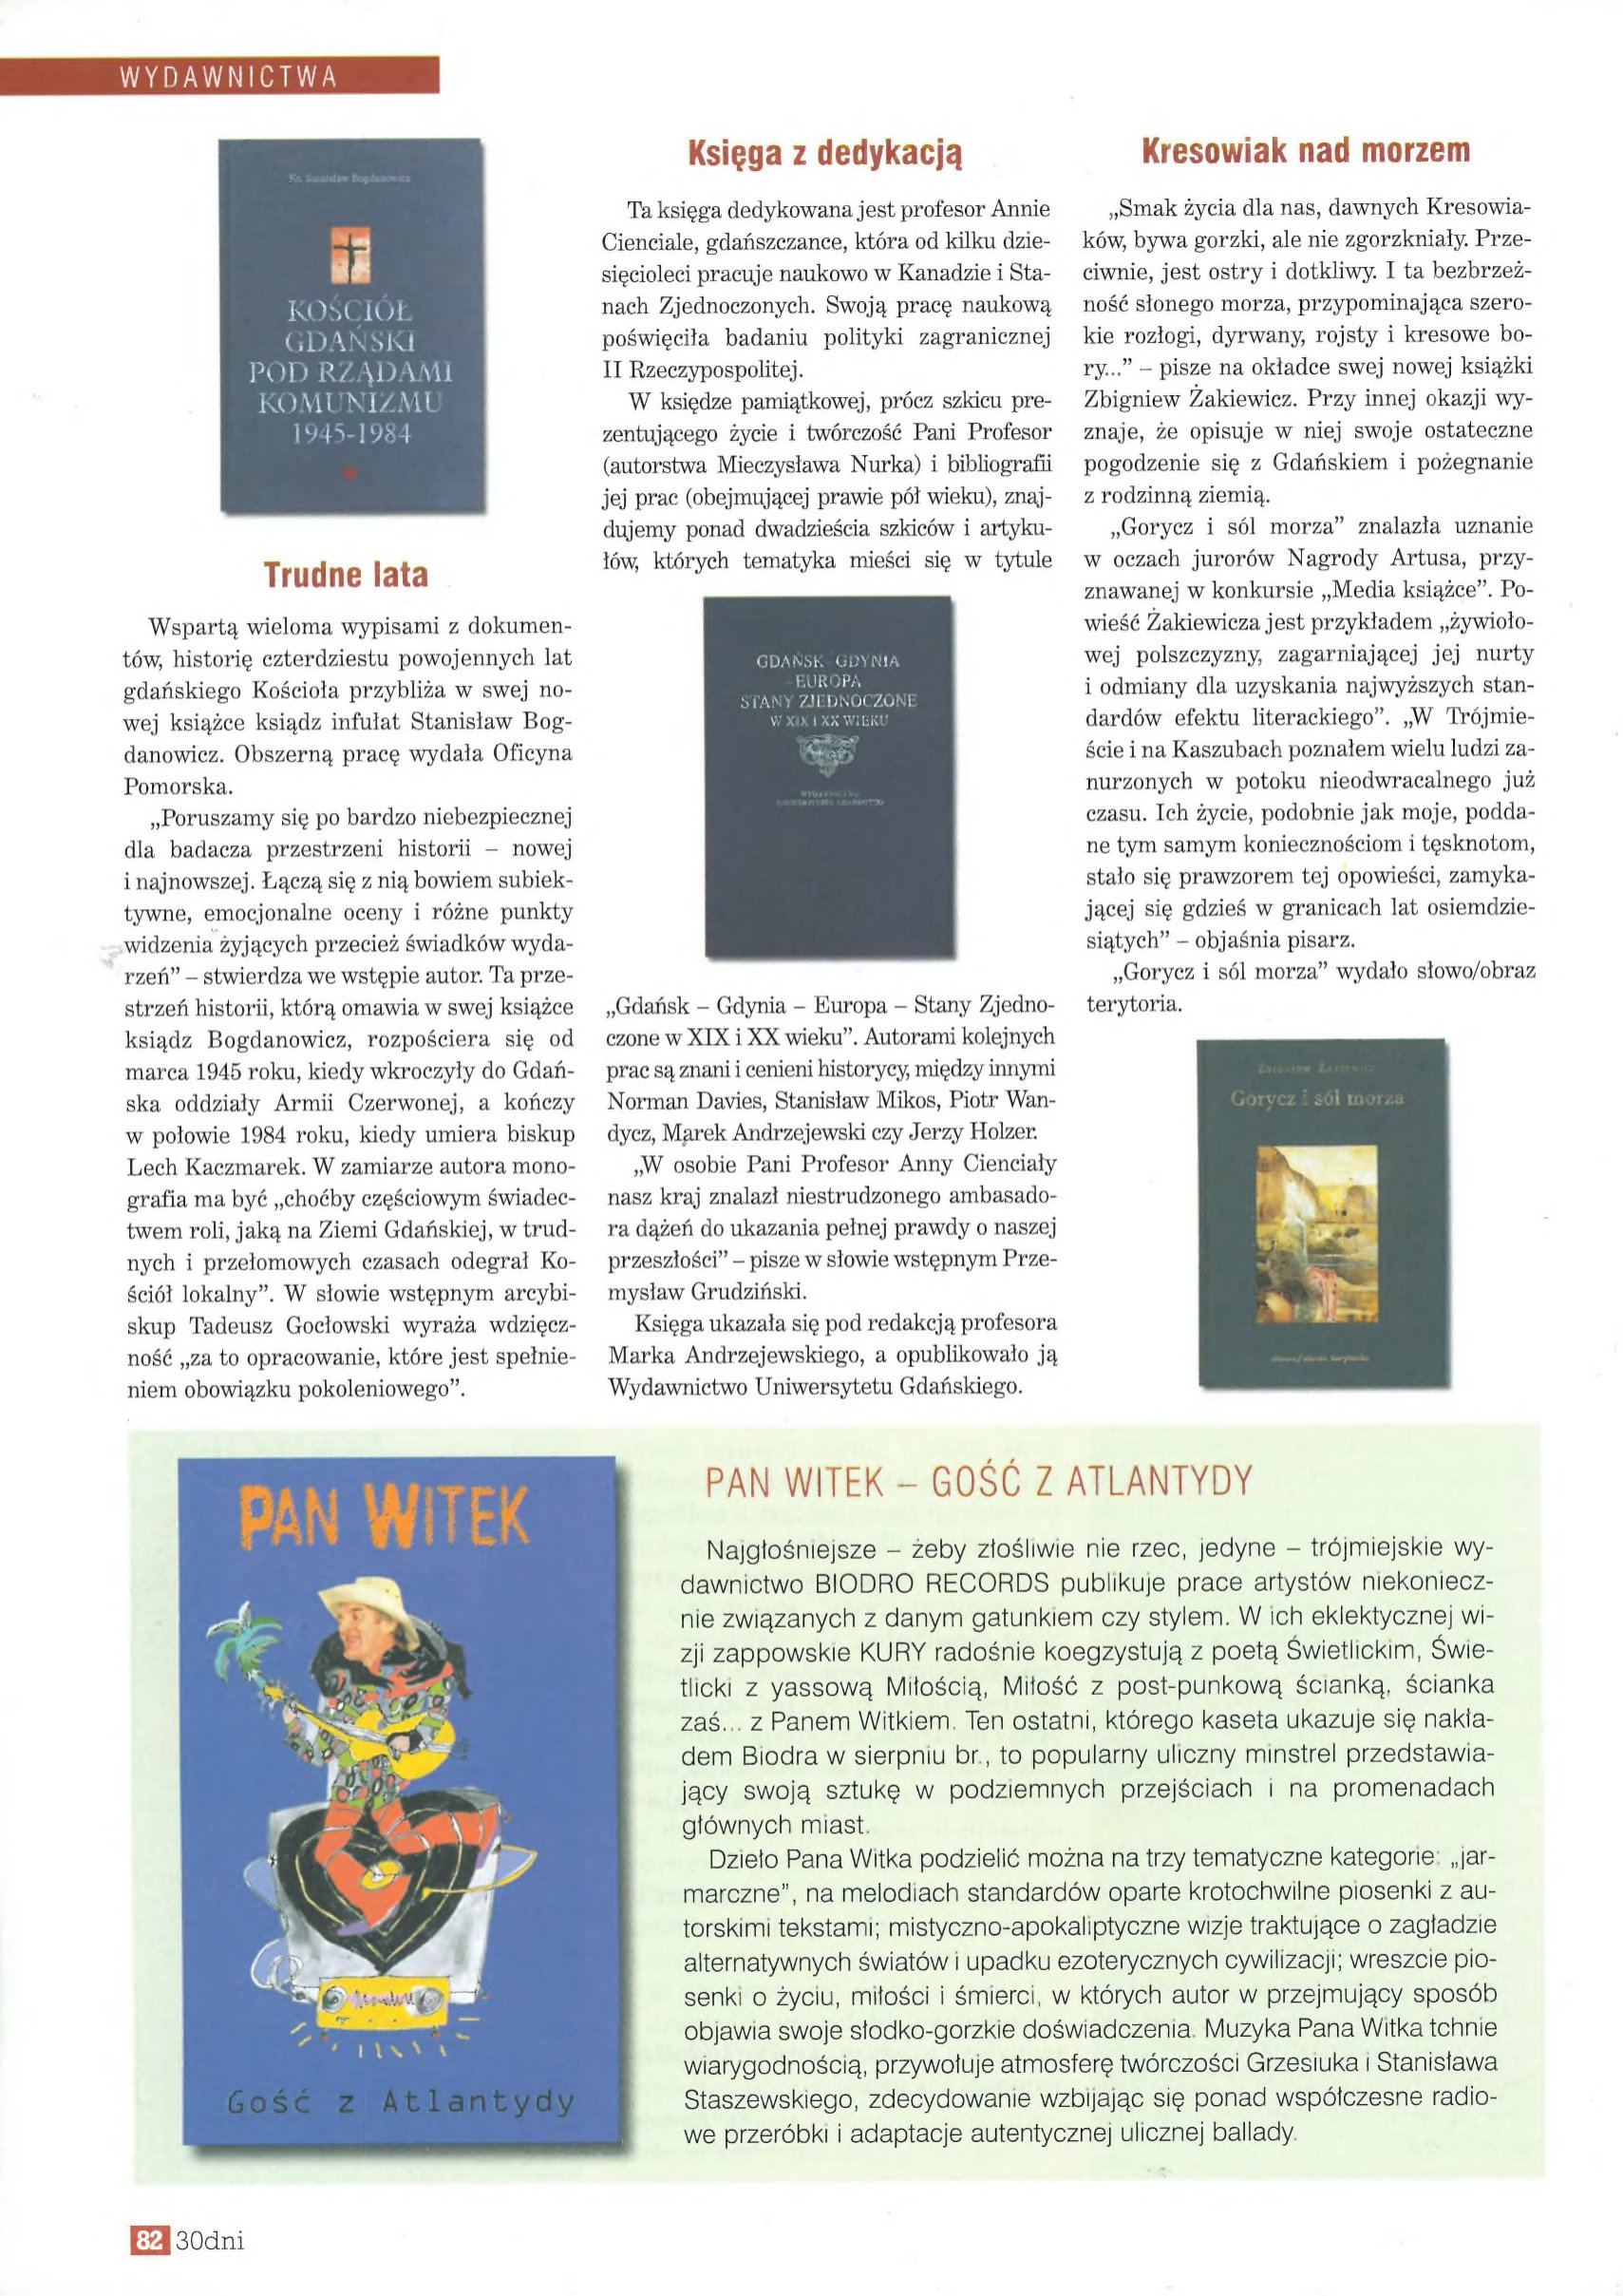
Language: pl